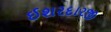
ઈશરદારજી